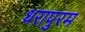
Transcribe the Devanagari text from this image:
धरापुरम